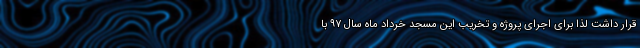
قرار داشت لذا برای اجرای پروژه و تخریب این مسجد خرداد ماه سال ۹۷ با